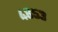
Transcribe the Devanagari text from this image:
४८५३